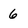
Character: 6